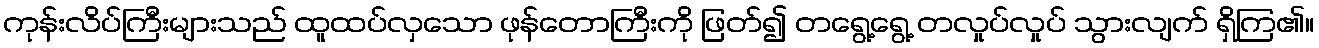
ကုန်းလိပ်ကြီးများသည် ထူထပ်လှသော ဖုန်တောကြီးကို ဖြတ်၍ တရွေ့ရွေ့ တလှုပ်လှုပ် သွားလျက် ရှိကြ၏။